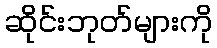
ဆိုင်းဘုတ်များကို